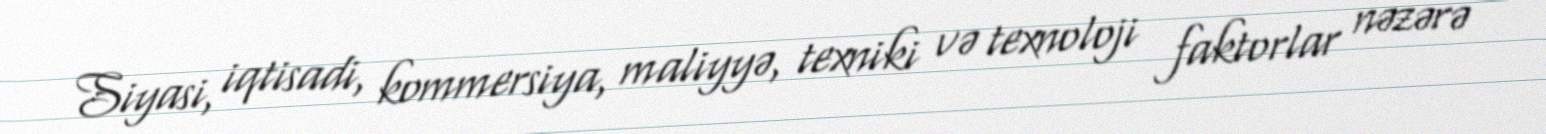
Siyasi, iqtisadi, kommersiya, maliyyə, texniki və texnoloji faktorlar nəzərə